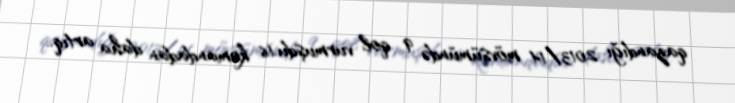
qazandığı 2013/14 mövsümündə 9 qol vurmuşdu.16 komandadan daha artıq..